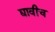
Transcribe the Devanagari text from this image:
द्यावीच